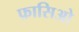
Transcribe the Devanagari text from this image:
फ़ासिओ